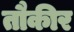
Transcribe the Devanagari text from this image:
तौकीर